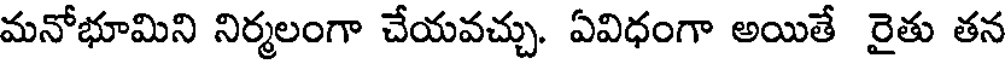
మనోభూమిని నిర్మలంగా చేయవచ్చు. ఏవిధంగా అయితే రైతు తన